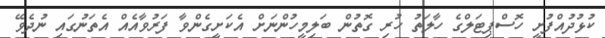
ކުޅުދުއްފުށީ ހޮސްޕިޓަލްގެ ހާލަތު ހުރި ގޮތުން ބަލިމީހުންނަށް އެކަށީގެންވާ ފަރުވާއެއް އެތަނުގައި ނުދެވޭ